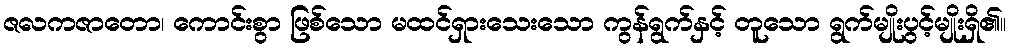
ဇလကဇာတော၊ ကောင်းစွာ ဖြစ်သော မထင်ရှားသေးသော ကွန်ရွက်နှင့် တူသော ရွက်မျိုးပွင့်မျိုးရှိ၏။